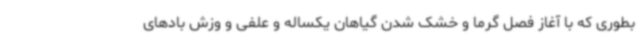
بطوری که با آغاز فصل گرما و خشک شدن گیاهان یکساله و علفی و وزش بادهای